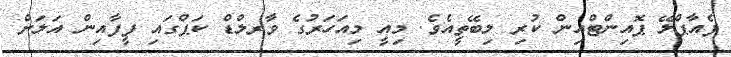
ފެއާޕްލޭ ޕޮއިންޓްއިން ކުރި ލިބޭތީއެވެ. މިއީ މިއަހަރުގެ ވާރލްޑް ކަޕްގައި ފީފާއިން އަލަށް